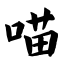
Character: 喵